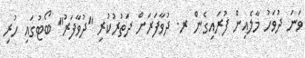
ވަނަ ދުވަހު މާލެއިން ފުރައިގެން ރ. ދުވާފަރަށް ދަތުރުކުރި "ދުވާފަރު" ބޯޓުގައި ހުރި